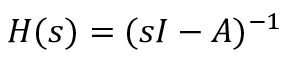
\b { H } ( s ) = ( s \b { I } - \b { A } ) ^ { - 1 }